Report of the King Institute of Preventive Medicine, Guindy
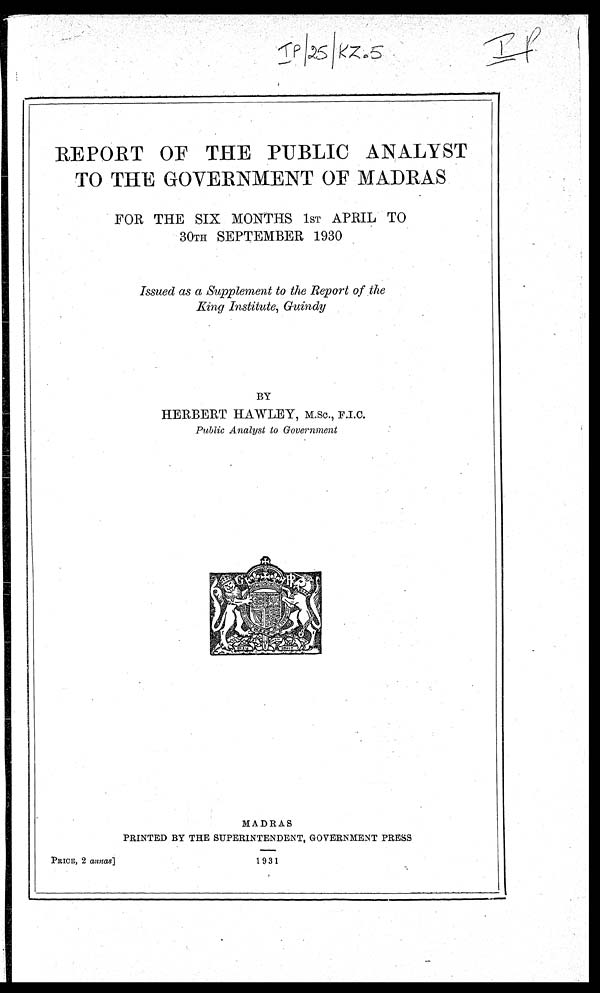
REPORT OF THE PUBLIC ANALYST
TO THE GOVERNMENT OF MADRAS
FOR THE SIX MONTHS 1sT APRIL TO
30TH SEPTEMBER 1930
Issued as a Supplement to the Report of the
King Institute, Guindy
BY
HERBERT HAWLEY, M.Sc., F.I.C.
Public Analyst to Government
MADRAS
PRINTED BY THE SUPERINTENDENT, GOVERNMENT PRESS
PRICE, 2 annas]
1931